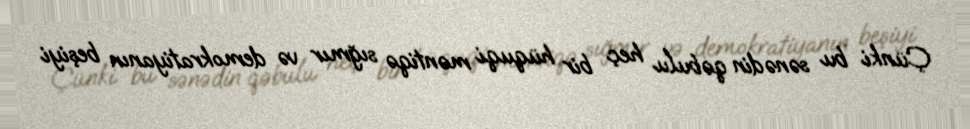
Çünki bu sənədin qəbulu heç bir hüquqi məntiqə sığmır və demokratiyanın beşiyi